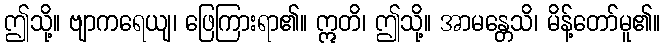
ဤသို့။ ဗျာကရေယျ၊ ဖြေကြားရာ၏။ ဣတိ၊ ဤသို့။ အာမန္တေသိ၊ မိန့်တော်မူ၏။